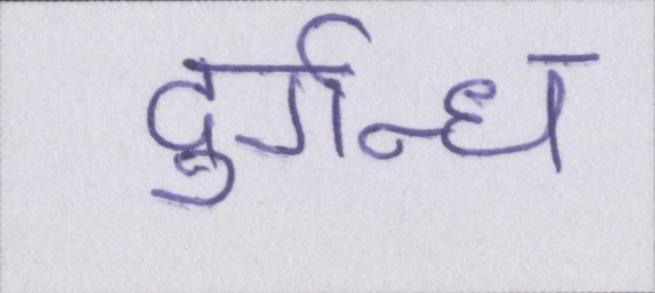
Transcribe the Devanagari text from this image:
दुर्गन्ध